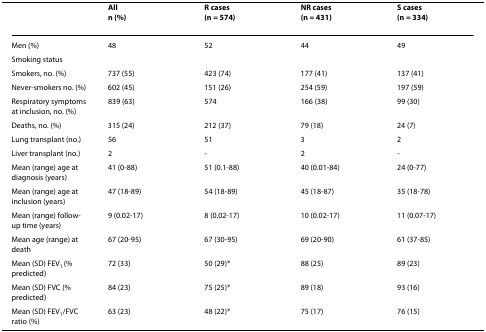
<table><thead><tr><td></td><td><b>Alln (%)</b></td><td><b>R cases(n = 574)</b></td><td><b>NR cases(n = 431)</b></td><td><b>S cases(n = 334)</b></td></tr></thead><tbody><tr><td>Men (%)</td><td>48</td><td>52</td><td>44</td><td>49</td></tr><tr><td>Smoking status</td><td></td><td></td><td></td><td></td></tr><tr><td>Smokers, no. (%)</td><td>737 (55)</td><td>423 (74)</td><td>177 (41)</td><td>137 (41)</td></tr><tr><td>Never-smokers no. (%)</td><td>602 (45)</td><td>151 (26)</td><td>254 (59)</td><td>197 (59)</td></tr><tr><td>Respiratory symptoms at inclusion, no. (%)</td><td>839 (63)</td><td>574</td><td>166 (38)</td><td>99 (30)</td></tr><tr><td>Deaths, no. (%)</td><td>315 (24)</td><td>212 (37)</td><td>79 (18)</td><td>24 (7)</td></tr><tr><td>Lung transplant (no.)</td><td>56</td><td>51</td><td>3</td><td>2</td></tr><tr><td>Liver transplant (no.)</td><td>2</td><td>-</td><td>2</td><td>-</td></tr><tr><td>Mean (range) age at diagnosis (years)</td><td>41 (0-88)</td><td>51 (0.1-88)</td><td>40 (0.01-84)</td><td>24 (0-77)</td></tr><tr><td>Mean (range) age at inclusion (years)</td><td>47 (18-89)</td><td>54 (18-89)</td><td>45 (18-87)</td><td>35 (18-78)</td></tr><tr><td>Mean (range) follow-up time (years)</td><td>9 (0.02-17)</td><td>8 (0.02-17)</td><td>10 (0.02-17)</td><td>11 (0.07-17)</td></tr><tr><td>Mean age (range) at death</td><td>67 (20-95)</td><td>67 (30-95)</td><td>69 (20-90)</td><td>61 (37-85)</td></tr><tr><td>Mean (SD) FEV<sub>1 </sub>(% predicted)</td><td>72 (33)</td><td>50 (29)*</td><td>88 (25)</td><td>89 (23)</td></tr><tr><td>Mean (SD) FVC (% predicted)</td><td>84 (23)</td><td>75 (25)*</td><td>89 (18)</td><td>93 (16)</td></tr><tr><td>Mean (SD) FEV<sub>1</sub>/FVC ratio (%)</td><td>63 (23)</td><td>48 (22)*</td><td>75 (17)</td><td>76 (15)</td></tr></tbody></table>